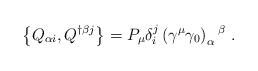
LaTeX: \begin{align*}\left\{ Q_{\alpha i}, Q^{\dagger \beta j}\right\}= P_\mu \delta^j_i\left( \gamma^\mu \gamma_0\right) _\alpha{}^\beta \ .\end{align*}